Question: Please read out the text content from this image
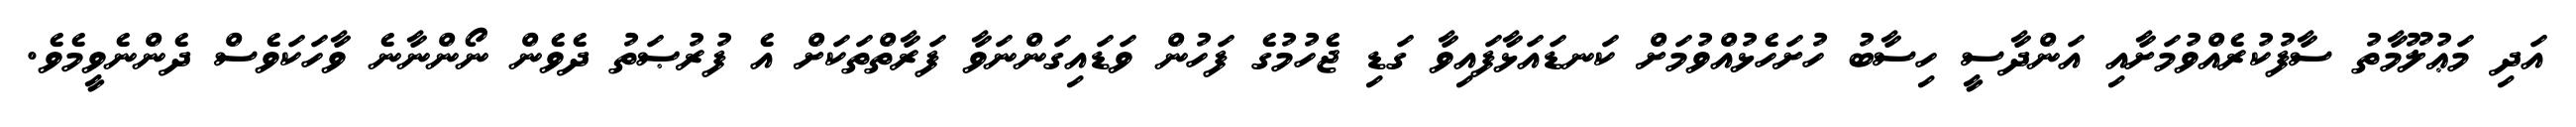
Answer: އަދި މަޢުލޫމާތު ސާފުކުރެއްވުމަށާއި އަންދާސީ ހިސާބު ހުށަހެޅުއްވުމަށް ކަނޑައަޅާފައިވާ ގަޑި ޖެހުމުގެ ފަހުން ވަޑައިގަންނަވާ ފަރާތްތަކަށް އެ ފުރުޞަތު ދެވެން ނޯންނާނެ ވާހަކަވެސް ދެންނެވީމެވެ.